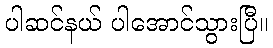
ပါဆင်နယ် ပါအောင်သွားပြီ။